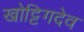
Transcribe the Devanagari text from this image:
खोट्टिगदेव